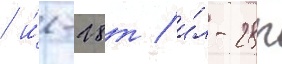
/ и́л-28т / и́л-28п